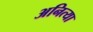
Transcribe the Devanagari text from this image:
अनित्या